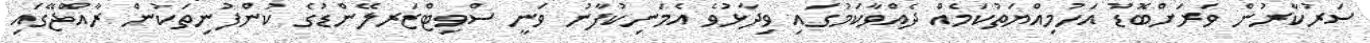
ސަރުކާރުން ވަރަށްބޮޑު އަހުމިއްޔަތުކަމެއް ދެއްވާކަމުގައި ވިދާޅުވެ އެމަނިކުފާނު ވަނީ ސްވިޓްޒަރލޭންޑުގެ ކުންފުނިތަކުން ރާއްޖޭގައި